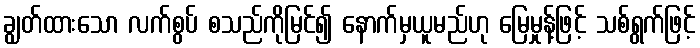
ချွတ်ထားသော လက်စွပ် စသည်ကိုမြင်၍ နောက်မှယူမည်ဟု မြေမှုန့်ဖြင့် သစ်ရွက်ဖြင့်